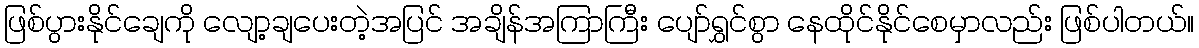
ဖြစ်ပွားနိုင်ချေကို လျော့ချပေးတဲ့အပြင် အချိန်အကြာကြီး ပျော်ရွှင်စွာ နေထိုင်နိုင်စေမှာလည်း ဖြစ်ပါတယ်။